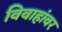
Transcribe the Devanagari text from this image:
विवाहांवर